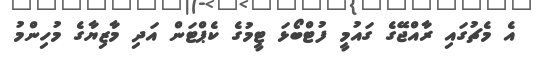
އެ މެޗުގައި ރާއްޖޭގެ ގައުމީ ފުޓްބޯޅަ ޓީމުގެ ކެޕްޓަން އަދި މާޒިޔާގެ މުހިންމު